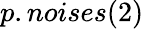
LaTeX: p.noises(2)